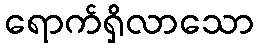
ရောက်ရှိလာသော